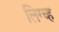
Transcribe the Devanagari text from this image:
लिग्च्ह